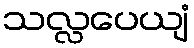
သလ္လပေယျံ